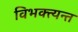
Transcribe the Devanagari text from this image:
विभक्त्यन्त